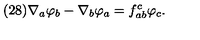
( 2 8 ) \nabla _ { a } \varphi _ { b } - \nabla _ { b } \varphi _ { a } = f _ { a b } ^ { c } \varphi _ { c } .